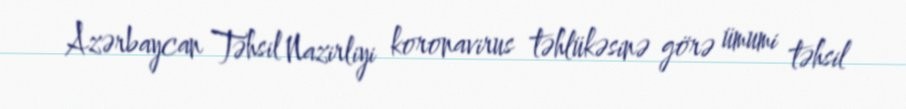
Azərbaycan Təhsil Nazirliyi koronavirus təhlükəsinə görə ümumi təhsil